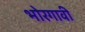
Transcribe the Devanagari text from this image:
भोरगावी